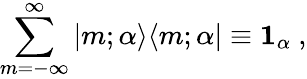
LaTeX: \sum_{m=-\infty}^{\infty}\vert m;\alpha\rangle\langle m;\alpha\vert\equiv{\mathbf 1}_{\alpha}\ ,